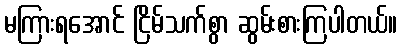
မကြားရအောင် ငြိမ်သက်စွာ ဆွမ်းစားကြပါတယ်။